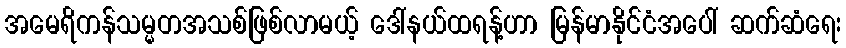
အမေရိကန်သမ္မတအသစ်ဖြစ်လာမယ့် ဒေါ်နယ်ထရန့်ဟာ မြန်မာနိုင်ငံအပေါ် ဆက်ဆံရေး